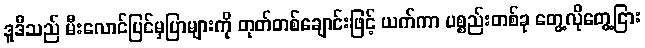
ဒူဒီသည် မီးလောင်ပြင်မှပြာများကို တုတ်တစ်ချောင်းဖြင့် ယက်ကာ ပစ္စည်းတစ်ခု တွေ့လိုတွေ့ငြား